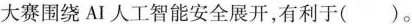
大赛围绕AI人工智能安全展开，有利于()。